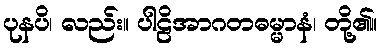
ပုနပိ၊ လည်း။ ပါဠိအာဂတဓမ္မာနံ၊ တို့၏။